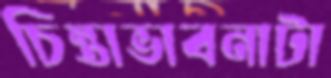
চিন্তাভাবনাটা